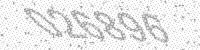
Solution: 026896